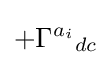
+{\Gamma ^{a_{i}}}_{dc}